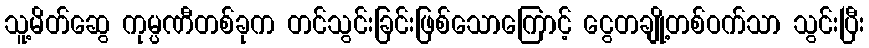
သူ့မိတ်ဆွေ ကုမ္ပဏီတစ်ခုက တင်သွင်းခြင်းဖြစ်သောကြောင့် ငွေတချို့တစ်ဝက်သာ သွင်းပြီး